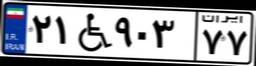
۲۱W۹۰۳۷۷